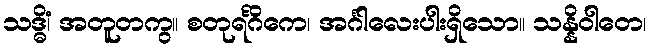
သဒ္ဓိံ၊ အတူတကွ။ စတုရင်္ဂိကေ၊ အင်္ဂါလေးပါးရှိသော။ သန္နိဝါတေ၊